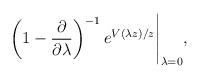
LaTeX: \begin{align*}\left( 1- \frac{\partial}{\partial \lambda}\right)^{-1} e^{V(\lambda z)/z} \Bigg\vert_{\lambda=0} ,\end{align*}